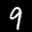
Label: 9